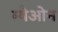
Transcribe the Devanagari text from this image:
म्येओन